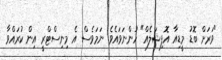
"ވަރަށް ބޮޑު މީޑިއާ އޮފިޝަލެއް" ހުންނަވައެވެ. ނަމަވެސް އެ މިނިސްޓްރީ އިން ކުރައްވާ